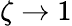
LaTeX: \zeta\rightarrow 1